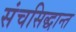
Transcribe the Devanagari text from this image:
संचसिद्धान्त